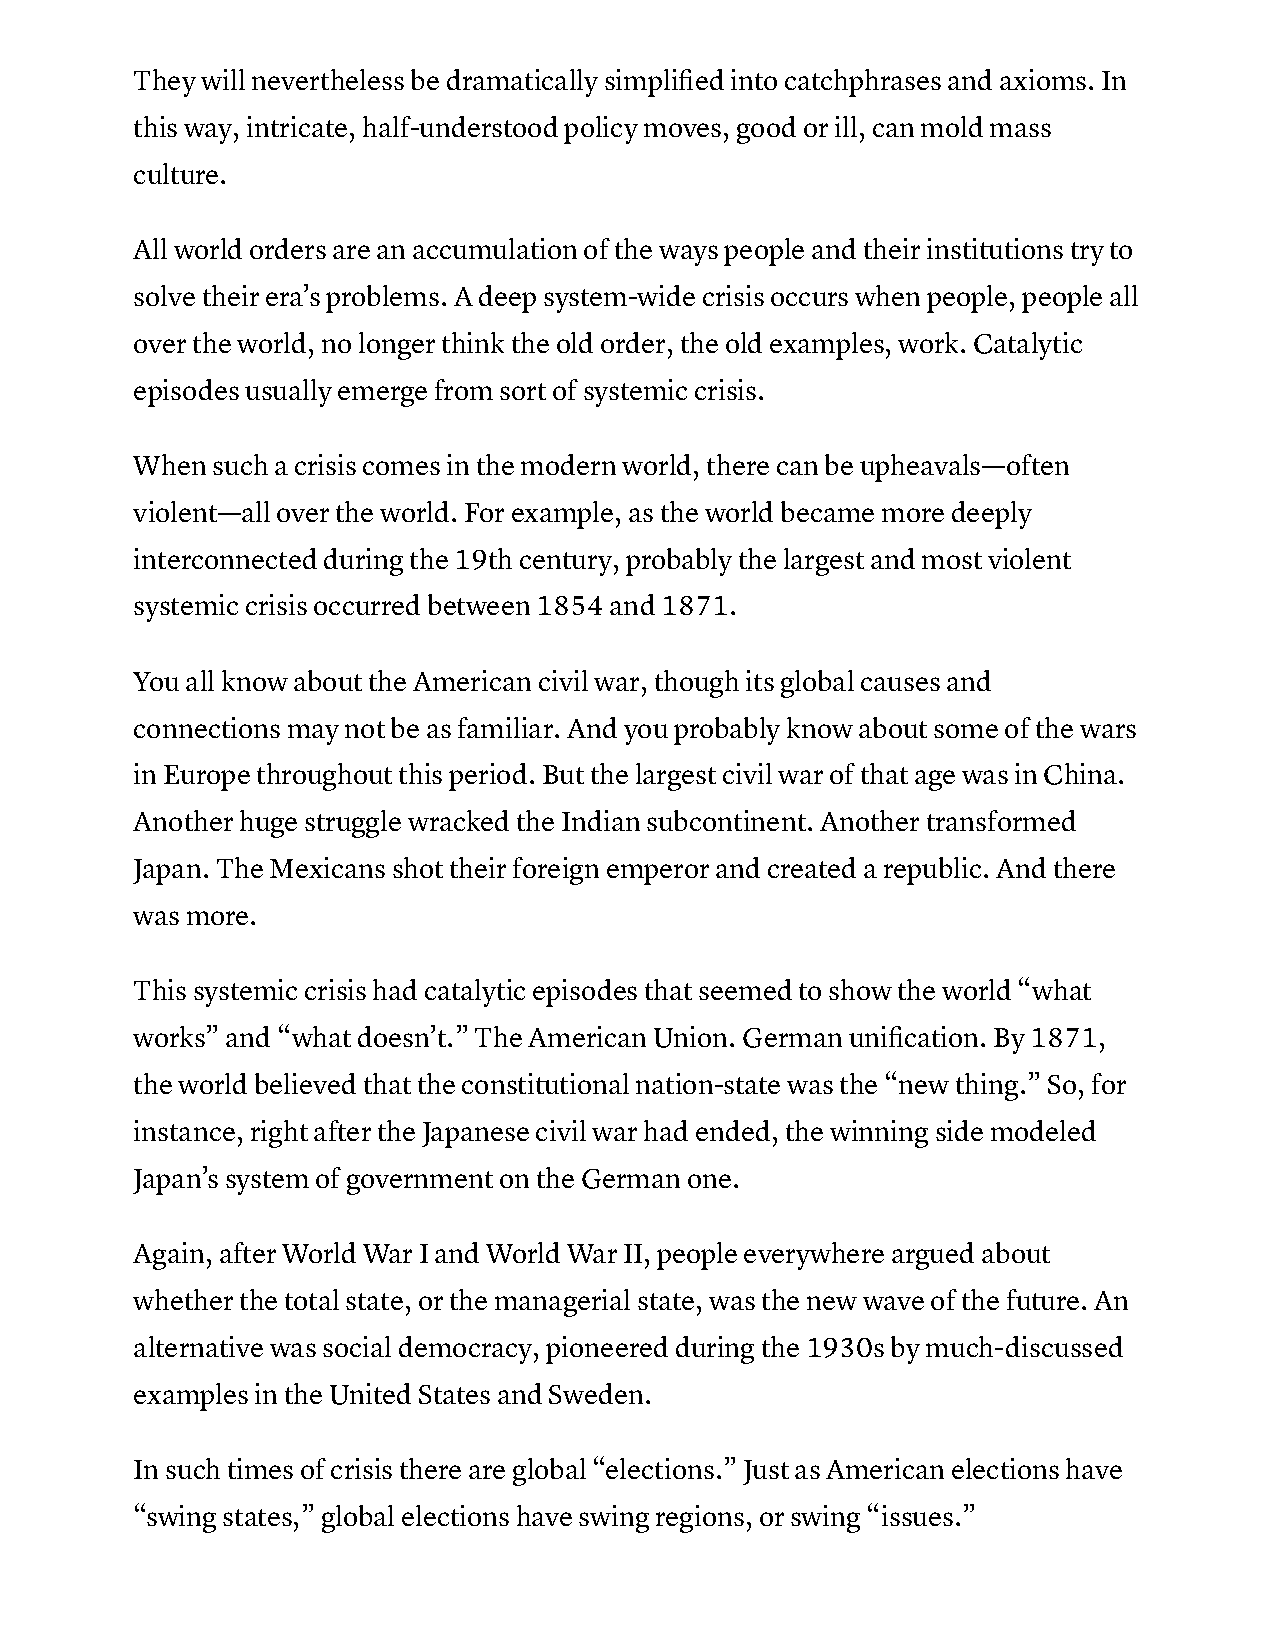
They will nevertheless be dramatically simplified into catchphrases and axioms. In
 this way, intricate, half-understood policy moves, good or ill, can mold mass
 culture.
 All world orders are an accumulation of the ways people and their institutions try to
 solve their era’s problems. A deep system-wide crisis occurs when people, people all
 over the world, no longer think the old order, the old examples, work. Catalytic
 episodes usually emerge from sort of systemic crisis.
 When such a crisis comes in the modern world, there can be upheavals—often
 violent—all over the world. For example, as the world became more deeply
 interconnected during the 19th century, probably the largest and most violent
 systemic crisis occurred between 1854 and 1871.
 You all know about the American civil war, though its global causes and
 connections may not be as familiar. And you probably know about some of the wars
 in Europe throughout this period. But the largest civil war of that age was in China.
 Another huge struggle wracked the Indian subcontinent. Another transformed
 Japan. The Mexicans shot their foreign emperor and created a republic. And there
 was more.
 This systemic crisis had catalytic episodes that seemed to show the world “what
 works” and “what doesn’t.” The American Union. German unification. By 1871,
 the world believed that the constitutional nation-state was the “new thing.” So, for
 instance, right after the Japanese civil war had ended, the winning side modeled
 Japan’s system of government on the German one.
 Again, after World War I and World War II, people everywhere argued about
 whether the total state, or the managerial state, was the new wave of the future. An
 alternative was social democracy, pioneered during the 1930s by much-discussed
 examples in the United States and Sweden.
 In such times of crisis there are global “elections.” Just as American elections have
 “swing states,” global elections have swing regions, or swing “issues.”